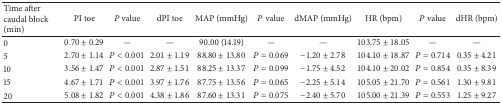
<table><thead><tr><td><b>Time after caudal block (min)</b></td><td><b>PI toe</b></td><td><b><i>P</i> value</b></td><td><b>dPI toe</b></td><td><b>MAP (mmHg)</b></td><td><b><i>P</i> value</b></td><td><b>dMAP (mmHg)</b></td><td><b>HR (bpm)</b></td><td><b><i>P</i> value</b></td><td><b>dHR (bpm)</b></td></tr></thead><tbody><tr><td>0</td><td>0.70 ± 0.29</td><td>—</td><td>—</td><td>90.00 (14.19)</td><td>—</td><td>—</td><td>103.75 ± 18.05</td><td>—</td><td>—</td></tr><tr><td>5</td><td>2.70 ± 1.14</td><td><i>P</i> &lt; 0.001</td><td>2.01 ± 1.19</td><td>88.80 ± 13.80</td><td><i>P</i> = 0.069</td><td>−1.20 ± 2.78</td><td>104.10 ± 18.87</td><td><i>P</i> = 0.714</td><td>0.35 ± 4.21</td></tr><tr><td>10</td><td>3.56 ± 1.47</td><td><i>P</i> &lt; 0.001</td><td>2.87 ± 1.51</td><td>88.25 ± 13.37</td><td><i>P</i> = 0.099</td><td>−1.75 ± 4.52</td><td>104.10 ± 20.02</td><td><i>P</i> = 0.854</td><td>0.35 ± 8.39</td></tr><tr><td>15</td><td>4.67 ± 1.71</td><td><i>P</i> &lt; 0.001</td><td>3.97 ± 1.76</td><td>87.75 ± 13.56</td><td><i>P</i> = 0.065</td><td>−2.25 ± 5.14</td><td>105.05 ± 21.70</td><td><i>P</i> = 0.561</td><td>1.30 ± 9.81</td></tr><tr><td>20</td><td>5.08 ± 1.82</td><td><i>P</i> &lt; 0.001</td><td>4.38 ± 1.86</td><td>87.60 ± 13.31</td><td><i>P</i> = 0.075</td><td>−2.40 ± 5.70</td><td>105.00 ± 21.39</td><td><i>P</i> = 0.553</td><td>1.25 ± 9.27</td></tr></tbody></table>